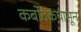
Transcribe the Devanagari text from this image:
कर्बोदकपासून